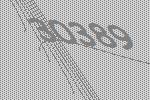
30389